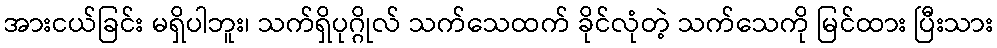
အားငယ်ခြင်း မရှိပါဘူး၊ သက်ရှိပုဂ္ဂိုလ် သက်သေထက် ခိုင်လုံတဲ့ သက်သေကို မြင်ထား ပြီးသား